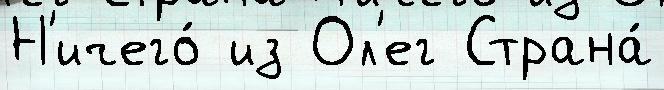
Н'ичего́ из Ол'ег Страна́